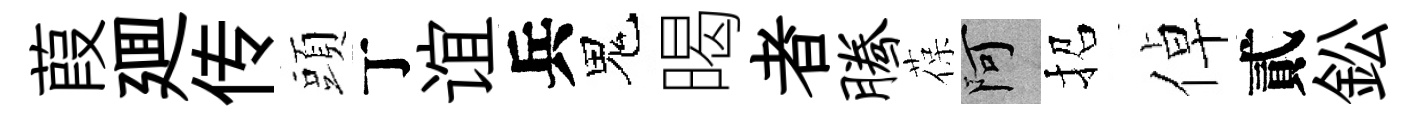
葭廽传頭丁谊兵鬼暍者腾葆阿招倬貳鈆